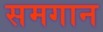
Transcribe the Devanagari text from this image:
समगान